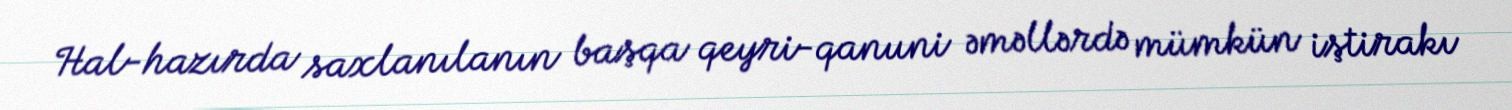
Hal-hazırda saxlanılanın başqa qeyri-qanuni əməllərdə mümkün iştirakı